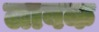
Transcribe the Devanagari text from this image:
लावक